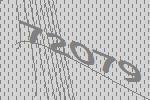
72079